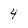
Character: 4